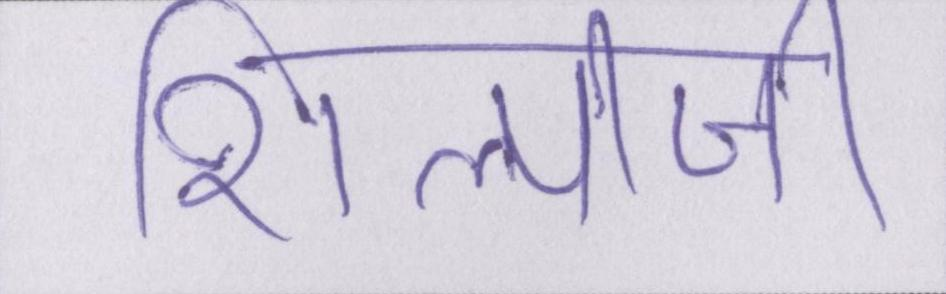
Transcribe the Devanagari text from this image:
शिल्पीजी